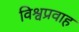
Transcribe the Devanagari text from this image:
विश्वप्रवाह